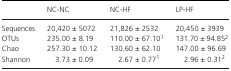
<table><thead><tr><td></td><td><b>NC‐NC</b></td><td><b>NC‐HF</b></td><td><b>LP‐HF</b></td></tr></thead><tbody><tr><td>Sequences</td><td>20,420 ± 5072</td><td>21,826 ± 2532</td><td>20,450 ± 3939</td></tr><tr><td>OTUs</td><td>235.00 ± 8.19</td><td>110.00 ± 67.10a</td><td>131.70 ± 94.85b</td></tr><tr><td>Chao</td><td>257.30 ± 10.12</td><td>130.60 ± 62.10</td><td>147.00 ± 96.69</td></tr><tr><td>Shannon</td><td>3.73 ± 0.09</td><td>2.67 ± 0.77a</td><td>2.96 ± 0.31b</td></tr></tbody></table>